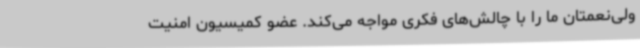
ولی‌نعمتان ما را با چالش‌های فکری مواجه می‌کند. عضو کمیسیون امنیت